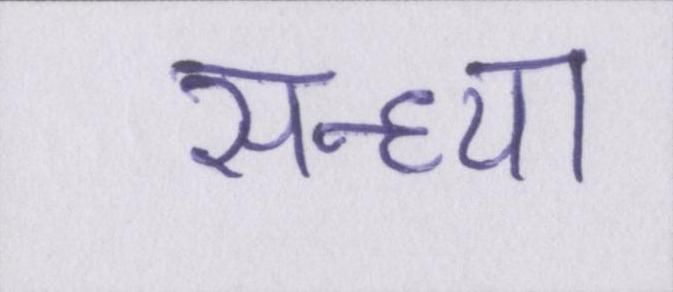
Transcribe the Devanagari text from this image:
सन्ध्या